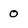
Character: 0